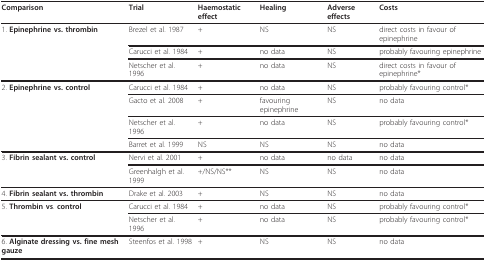
<table><thead><tr><td><b>Comparison</b></td><td><b>Trial</b></td><td><b>Haemostatic effect</b></td><td><b>Healing</b></td><td><b>Adverse effects</b></td><td><b>Costs</b></td></tr></thead><tbody><tr><td>1. <b>Epinephrine vs. thrombin</b></td><td>Brezel et al. 1987</td><td>+</td><td>NS</td><td>NS</td><td>direct costs in favour of epinephrine</td></tr><tr><td></td><td>Carucci et al. 1984</td><td>+</td><td>no data</td><td>NS</td><td>probably favouring epinephrine</td></tr><tr><td></td><td>Netscher et al. 1996</td><td>+</td><td>no data</td><td>NS</td><td>direct costs in favour of epinephrine*</td></tr><tr><td>2. <b>Epinephrine vs. control</b></td><td>Carucci et al. 1984</td><td>+</td><td>no data</td><td>NS</td><td>probably favouring control*</td></tr><tr><td></td><td>Gacto et al. 2008</td><td>+</td><td>favouring epinephrine</td><td>NS</td><td>no data</td></tr><tr><td></td><td>Netscher et al. 1996</td><td>+</td><td>no data</td><td>NS</td><td>probably favouring control*</td></tr><tr><td></td><td>Barret et al. 1999</td><td>NS</td><td>NS</td><td>NS</td><td>no data</td></tr><tr><td>3. <b>Fibrin sealant vs. control</b></td><td>Nervi et al. 2001</td><td>+</td><td>no data</td><td>no data</td><td>no data</td></tr><tr><td></td><td>Greenhalgh et al. 1999</td><td>+/NS/NS**</td><td>NS</td><td>NS</td><td>no data</td></tr><tr><td>4. <b>Fibrin sealant vs. thrombin</b></td><td>Drake et al. 2003</td><td>+</td><td>NS</td><td>NS</td><td>no data</td></tr><tr><td>5. <b>Thrombin vs</b>. <b>control</b></td><td>Carucci et al. 1984</td><td>+</td><td>no data</td><td>NS</td><td>probably favouring control*</td></tr><tr><td></td><td>Netscher et al. 1996</td><td>+</td><td>no data</td><td>NS</td><td>probably favouring control*</td></tr><tr><td>6. <b>Alginate dressing vs. fine mesh gauze</b></td><td>Steenfos et al. 1998</td><td>+</td><td>NS</td><td>NS</td><td>no data</td></tr></tbody></table>